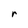
Character: r